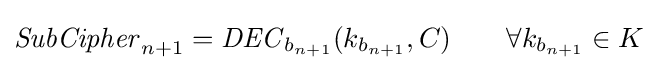
{\mathit {SubCipher}}_{n+1}={\mathit {DEC}}_{b_{n+1}}(k_{b_{n+1}},C)\qquad \forall k_{b_{n+1}}\in K